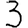
Digit: 3